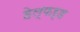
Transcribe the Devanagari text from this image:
हेल्फर्ड